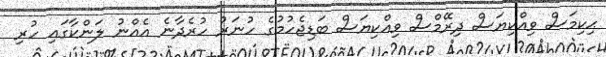
ޙިކިމަސް ވިއްކިޔަސް ދިރޭމްސް ވިއްކިޔަސް ބަޑިޖެހުމުގެެ ހުނަރު ހުރެދާނެ އެއްނު ލަންކާގައި ހުރި